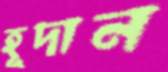
হূদান